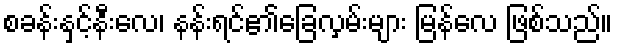
စခန်းနှင့်နီးလေ၊ နန်းရင်၏ခြေလှမ်းများ မြန်လေ ဖြစ်သည်။